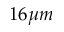
1 6 \mu m